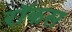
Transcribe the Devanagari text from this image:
रॉकस